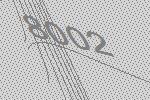
8002